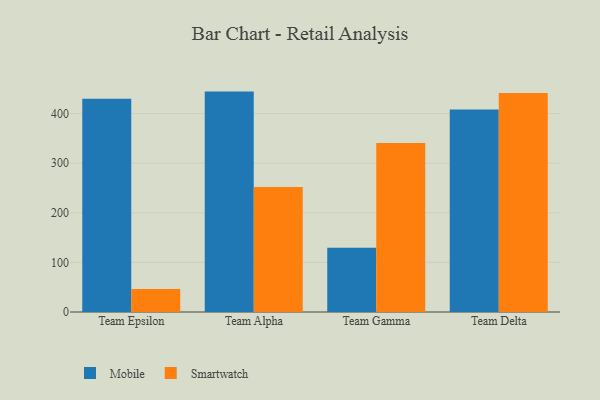
{"axis": {"x": "Team", "y": "Shipments"}, "legend": ["Mobile", "Smartwatch"], "data": [{"x": "Team Epsilon", "y": 430.0, "type": "Mobile"}, {"x": "Team Epsilon", "y": 46.3, "type": "Smartwatch"}, {"x": "Team Alpha", "y": 444.3, "type": "Mobile"}, {"x": "Team Alpha", "y": 251.9, "type": "Smartwatch"}, {"x": "Team Gamma", "y": 129.7, "type": "Mobile"}, {"x": "Team Gamma", "y": 340.5, "type": "Smartwatch"}, {"x": "Team Delta", "y": 408.4, "type": "Mobile"}, {"x": "Team Delta", "y": 441.4, "type": "Smartwatch"}]}